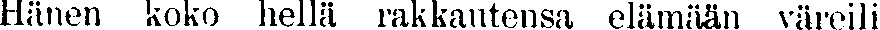
Hänen koko hellä rakkautensa elämään väreili